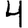
Digit: 4